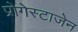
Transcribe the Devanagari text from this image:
प्रोगेस्टाजेन